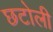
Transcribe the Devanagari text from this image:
छटोली